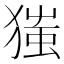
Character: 㺈